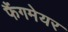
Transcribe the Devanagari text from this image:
फैंगमेयर